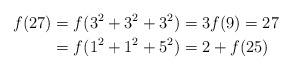
LaTeX: \begin{align*}f(27)&= f(3^2+3^2+3^2) = 3f(9) = 27 \\*&= f(1^2+1^2+5^2) = 2+f(25)\end{align*}